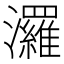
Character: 𤄷